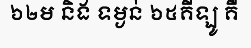
៦២ម និង ទម្ងន់ ៦៥គីឡូ គឺ